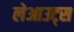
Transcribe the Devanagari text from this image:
लेआउट्स